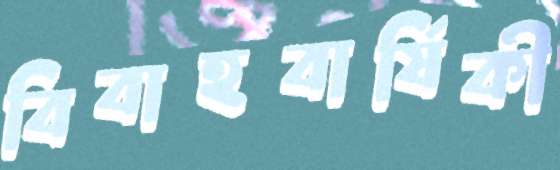
বিবাহবার্ষিকী